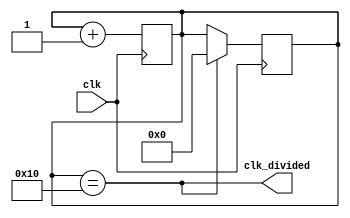
// This program was cloned from: https://github.com/RustamSubkhankulov/verilog-labs
// License: MIT License

module clk_div #(parameter X = 16)(
  
    /* Clocking signal */
    input wire clk,

    /* Divided clocking signal */
    output wire clk_divided
);

/* Counter for division */
reg [$clog2(X):0]cnt = 0;

/* Output is risen each X input clk's */
assign clk_divided = (cnt == X);

always @(posedge clk) begin

  /* Increment counter each input clk signal */
  cnt <= cnt + 1;

end

always @(negedge clk) begin

  /* Down output on the end of the input clk */
  if (clk_divided)
    cnt <= 0;

end

endmodule